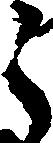
之